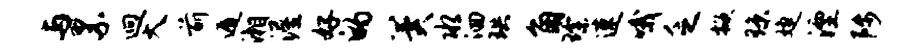
与累迥大前遁湘渥好的冀水洄珙角琛速哦乏掀琼婕湮陟